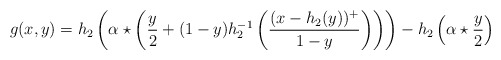
\begin{align*} g(x,y)=h_2\left(\alpha\star\left(\frac{y}{2}+(1-y)h_2^{-1}\left(\frac{(x-h_2(y))^+}{1-y}\right)\right)\right)-h_2\left(\alpha\star \frac{y}{2}\right) \end{align*}